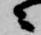
ニ